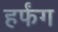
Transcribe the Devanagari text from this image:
हर्फंग